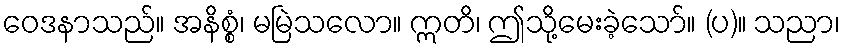
ဝေဒနာသည်။ အနိစ္စံ၊ မမြဲသလော။ ဣတိ၊ ဤသို့မေးခဲ့သော်။ (ပ)။ သညာ၊